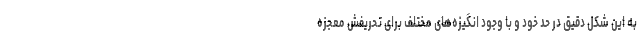
به این شکل دقیق در حد خود و با وجود انگیزه‌های مختلف برای تحریفش معجزه